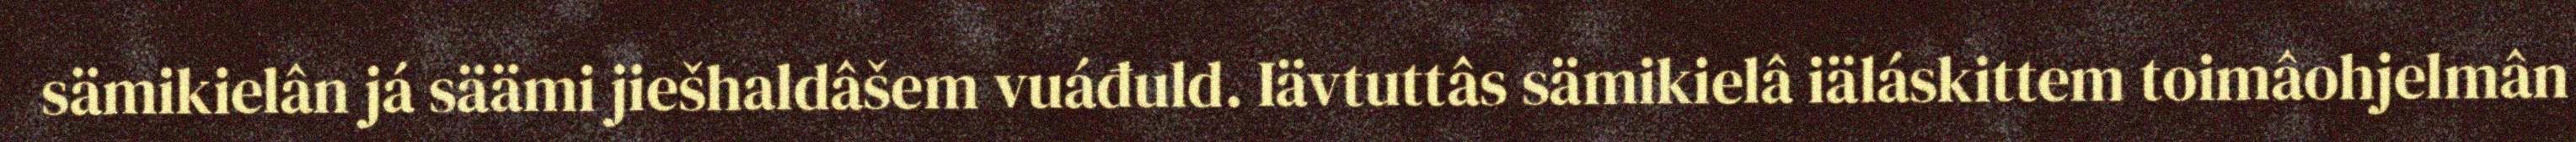
sämikielân já säämi jiešhaldâšem vuáđuld. Iävtuttâs sämikielâ iäláskittem toimâohjelmân